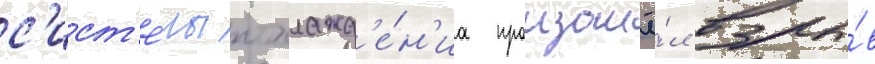
с'ист'е́мы охлажд'е́н'иа произошё́л взры́в